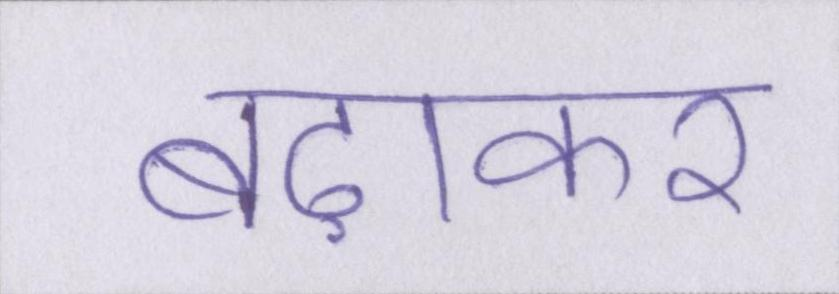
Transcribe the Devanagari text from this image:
बढ़ाकर